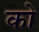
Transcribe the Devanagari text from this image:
को